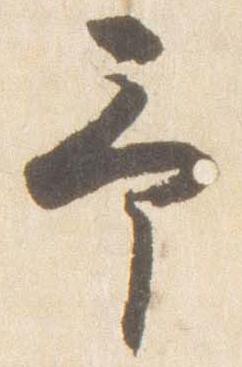
予